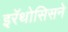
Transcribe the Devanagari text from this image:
इरॅथोसिसने